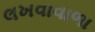
લખવાવાળા